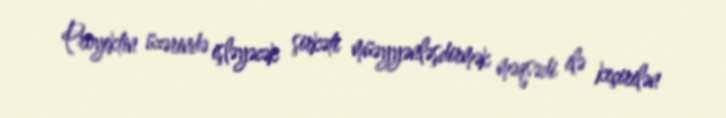
Proyektin üzərində işləyəcək şirkəti müəyyənləşdirmək məqsədi ilə keçirilən